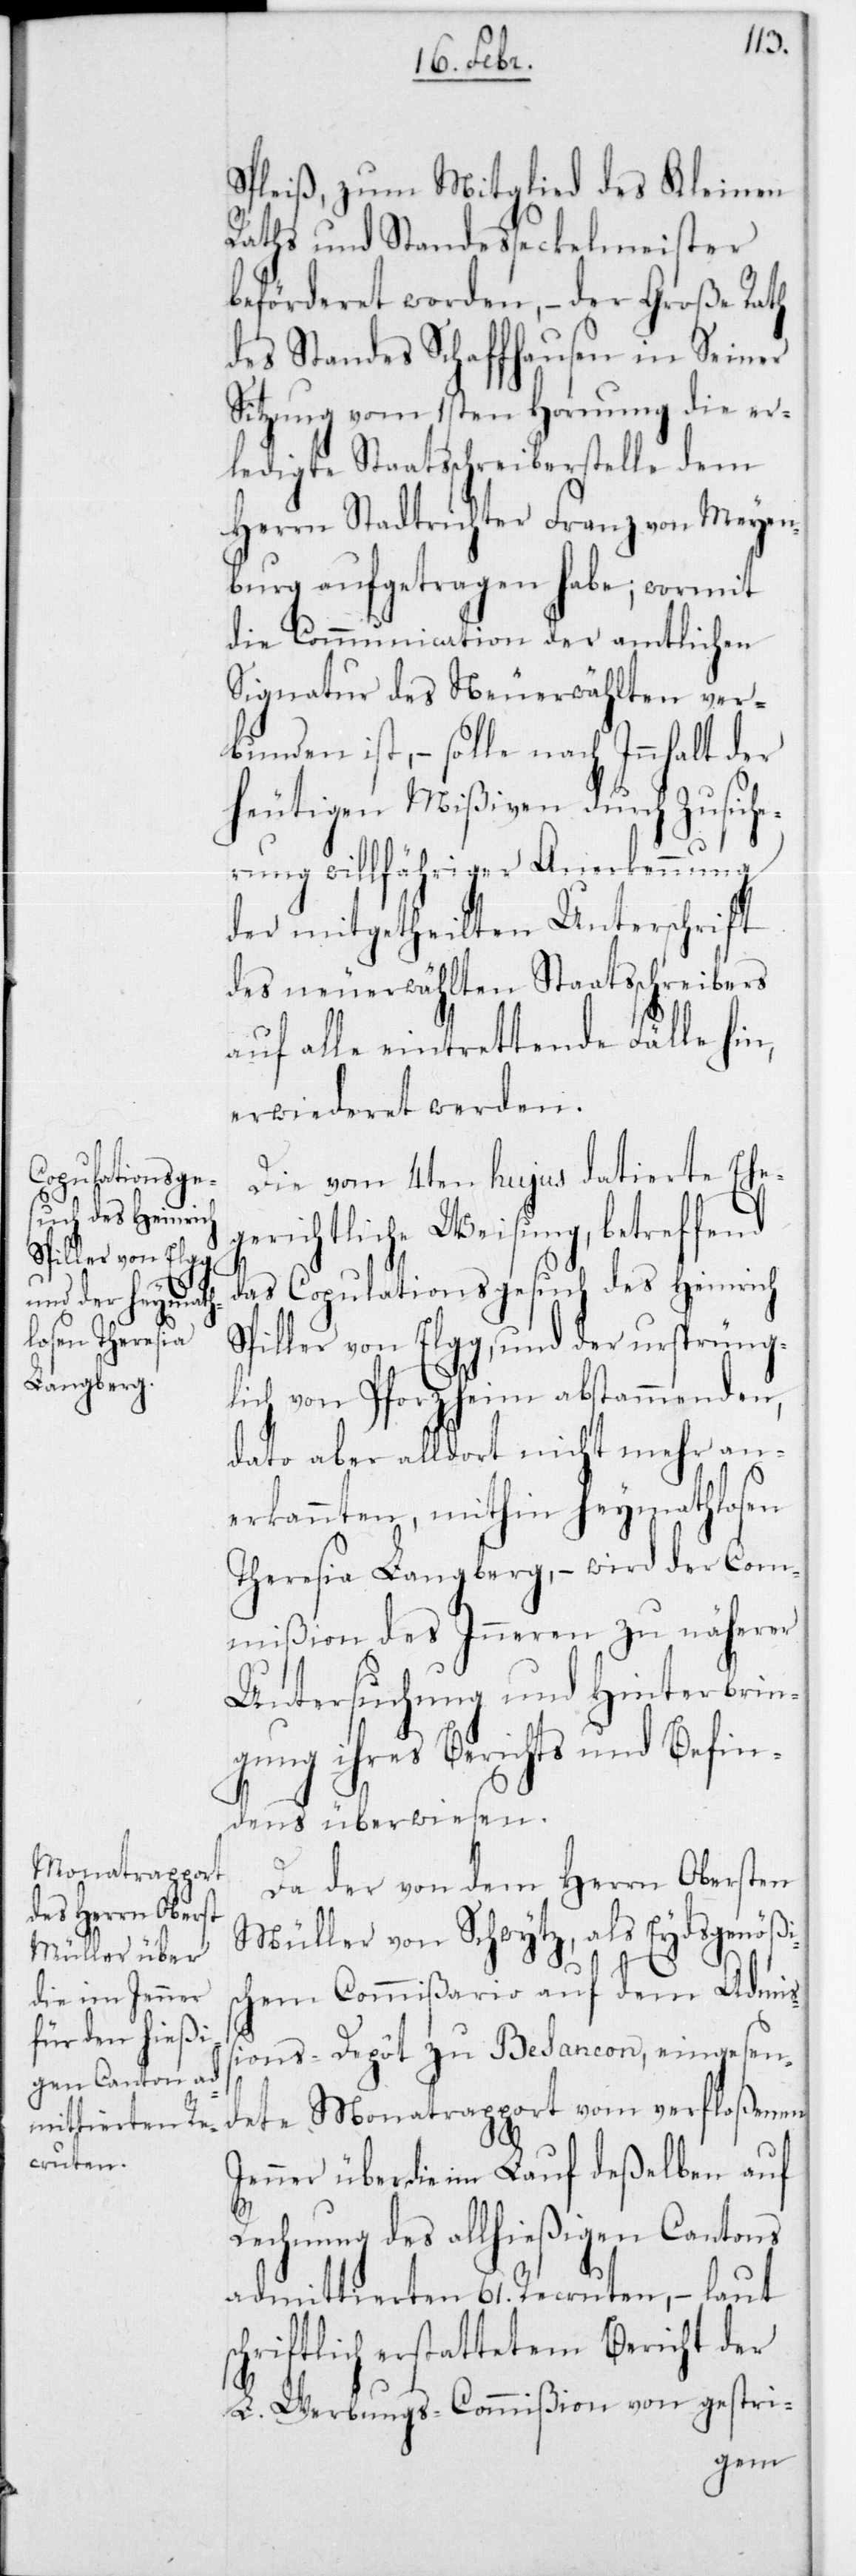
Spleiß, zum Mitglied des Kleinen
Raths und Standesseckelmeister
beförderet worden, – der Große Rath
des Standes Schaffhausen in Seiner
Sitzung vom 1sten Hornung die er¬
ledigte Staatsschreiberstelle dem
Herrn Stadtrichter Franz von Meyen¬
burg aufgetragen habe; wormit
die Communication der amtlichen
Signatur des Neuerwählten ver¬
bunden ist, – solle nach Innhalt der
hütigen Mißiven durch Zusich¬
erung willfähriger Anerkennung
der mitgetheilten Unterschrift
des neuerwählten Staatsschreibers
auf alle eintrettende Fälle hin,
erwiederet werden.
Die vom 4ten hujus datierte Eheg¬
erichtliche Weisung, betreffend
das Copulationsgesuch des Heinrich
Spiller von Elgg, und der ursprüng¬
lich von Pforzheim abstammenden,
dato aber alldort nicht mehr an¬
erkannten, mithin heymathlosen
Theresia Langberg, – wird der Com¬
mißion des Innern zu näherer
Untersuchung und Hinterbrin¬
gung ihres Berichts und Befin¬
dens überwiesen.
Da der von dem Herrn Obersten
Müller von Schwytz, als Eydsgenößi¬
s¬
chen Commißario auf dem Admis¬
sions-Depôt zu Besancon, eingesen¬
dete Monatrapport vom verfloßenen
Jenner über die im Lauf deßelben auf
Rechnung des allhießigen Cantons
admittierten 61 Recruten, – laut
schriftlich erstattetem Bericht der
L. Werbungs-Commißion von gestri-